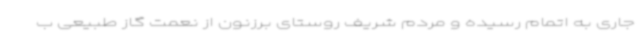
جاری به اتمام رسیده و مردم شریف روستای برزنون از نعمت گاز طبیعی ب